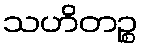
သဟိတဉ္စ